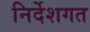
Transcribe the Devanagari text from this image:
निर्देशगत